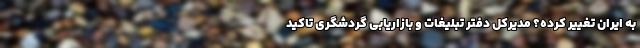
به ایران تغییر کرده؟ مدیرکل دفتر تبلیغات و بازاریابی گردشگری تاکید